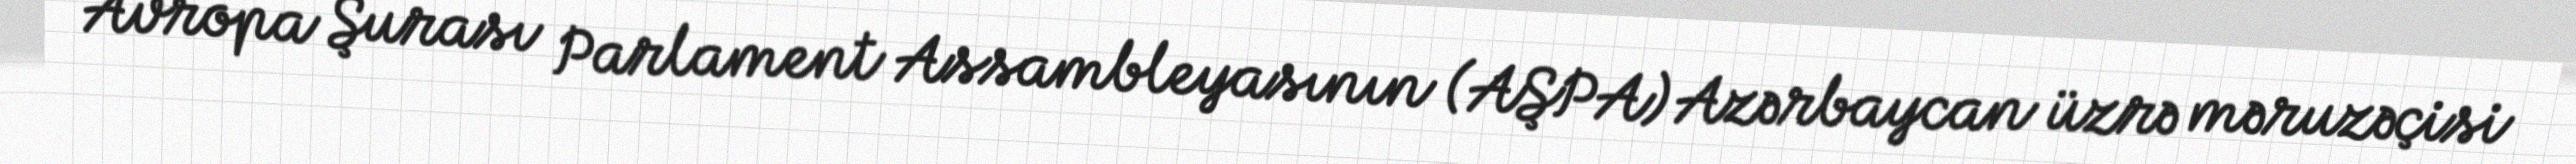
Avropa Şurası Parlament Assambleyasının (AŞPA) Azərbaycan üzrə məruzəçisi